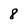
Character: 8